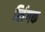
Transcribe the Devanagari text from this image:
लिंगक